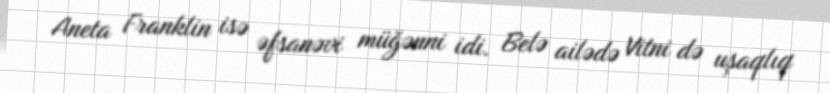
Aneta Franklin isə əfsanəvi müğənni idi. Belə ailədə Vitni də uşaqlıq